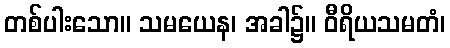
တစ်ပါးသော။ သမယေန၊ အခါ၌။ ဝီရိယသမတံ၊